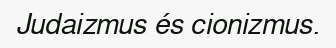
Judaizmus és cionizmus.